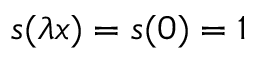
s ( \lambda x ) = s ( 0 ) = 1